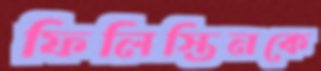
ফিলিস্তিনকে